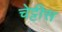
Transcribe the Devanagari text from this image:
चेट्टीस